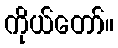
ကိုယ်တော်။